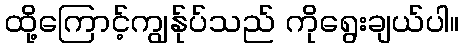
ထို့ကြောင့်ကျွန်ုပ်သည် ကိုရွေးချယ်ပါ။